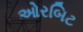
ઓરબિટ